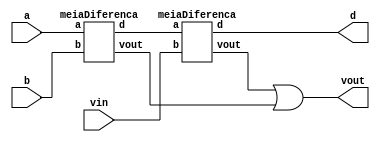
module Exercicio03(vout, d, vin, a, b);
	output vout, d;
	input vin, a, b;
	wire t1, t2, t3;
	meiaDiferenca MS1 (t2, t1, a, b);
	meiaDiferenca MS2 (t3, d, t1, vin);
	or OR1 (vout, t3, t2);
endmodule

module meiaDiferenca(vout, d, a, b);
	output vout, d;
	input a, b;
	wire t1;
	xor XOR1 (d, a, b);
	not NOT1 (t1, a);
	and AND1 (vout, t1, b);
endmodule

module testeExercicio03;
	reg vin, a, b;
	wire vout, d;

	Exercicio03 FULLSUBTRACTOR(vout, d, vin, a, b);

	initial begin
		vin = 0;
		a = 0;
		b = 0;
	end

	initial begin

		$display("Exercicio 03 - Douglas Borges - 417889");
		$display("Circuito Subtrator Completo\n");

		#1 $display("  a - b - Vin = Vout Dif");
		#1 $monitor("  %b   %b    %b  =  %d    %d", a, b, vin, vout, d);

		#1 vin = 0; a = 0; b = 1;
		#1 vin = 0; a = 1; b = 0;
		#1 vin = 0; a = 1; b = 1;
		#1 vin = 1; a = 0; b = 0;
		#1 vin = 1; a = 0; b = 1;
		#1 vin = 1; a = 1; b = 0;
		#1 vin = 1; a = 1; b = 1;

	end

/*
Exercicio 03 - Douglas Borges - 417889
Circuito Subtrator Completo

  a - b - Vin = Vout Dif
  0   0    0  =  0    0
  0   1    0  =  1    1
  1   0    0  =  0    1
  1   1    0  =  0    0
  0   0    1  =  1    1
  0   1    1  =  1    0
  1   0    1  =  0    0
  1   1    1  =  1    1
*/

endmodule